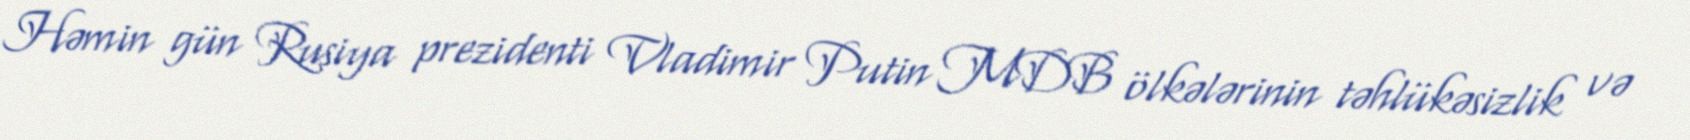
Həmin gün Rusiya prezidenti Vladimir Putin MDB ölkələrinin təhlükəsizlik və